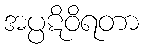
အပ္ပဋိဝိရတာ